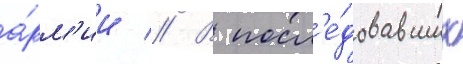
а́рм'ии // В посл'е́довавших